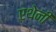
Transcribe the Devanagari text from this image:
एथेनी